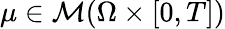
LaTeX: \mu\in\mathcal{M}(\Omega\times[0,T])